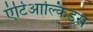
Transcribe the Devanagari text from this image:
एंटिआल्किडस